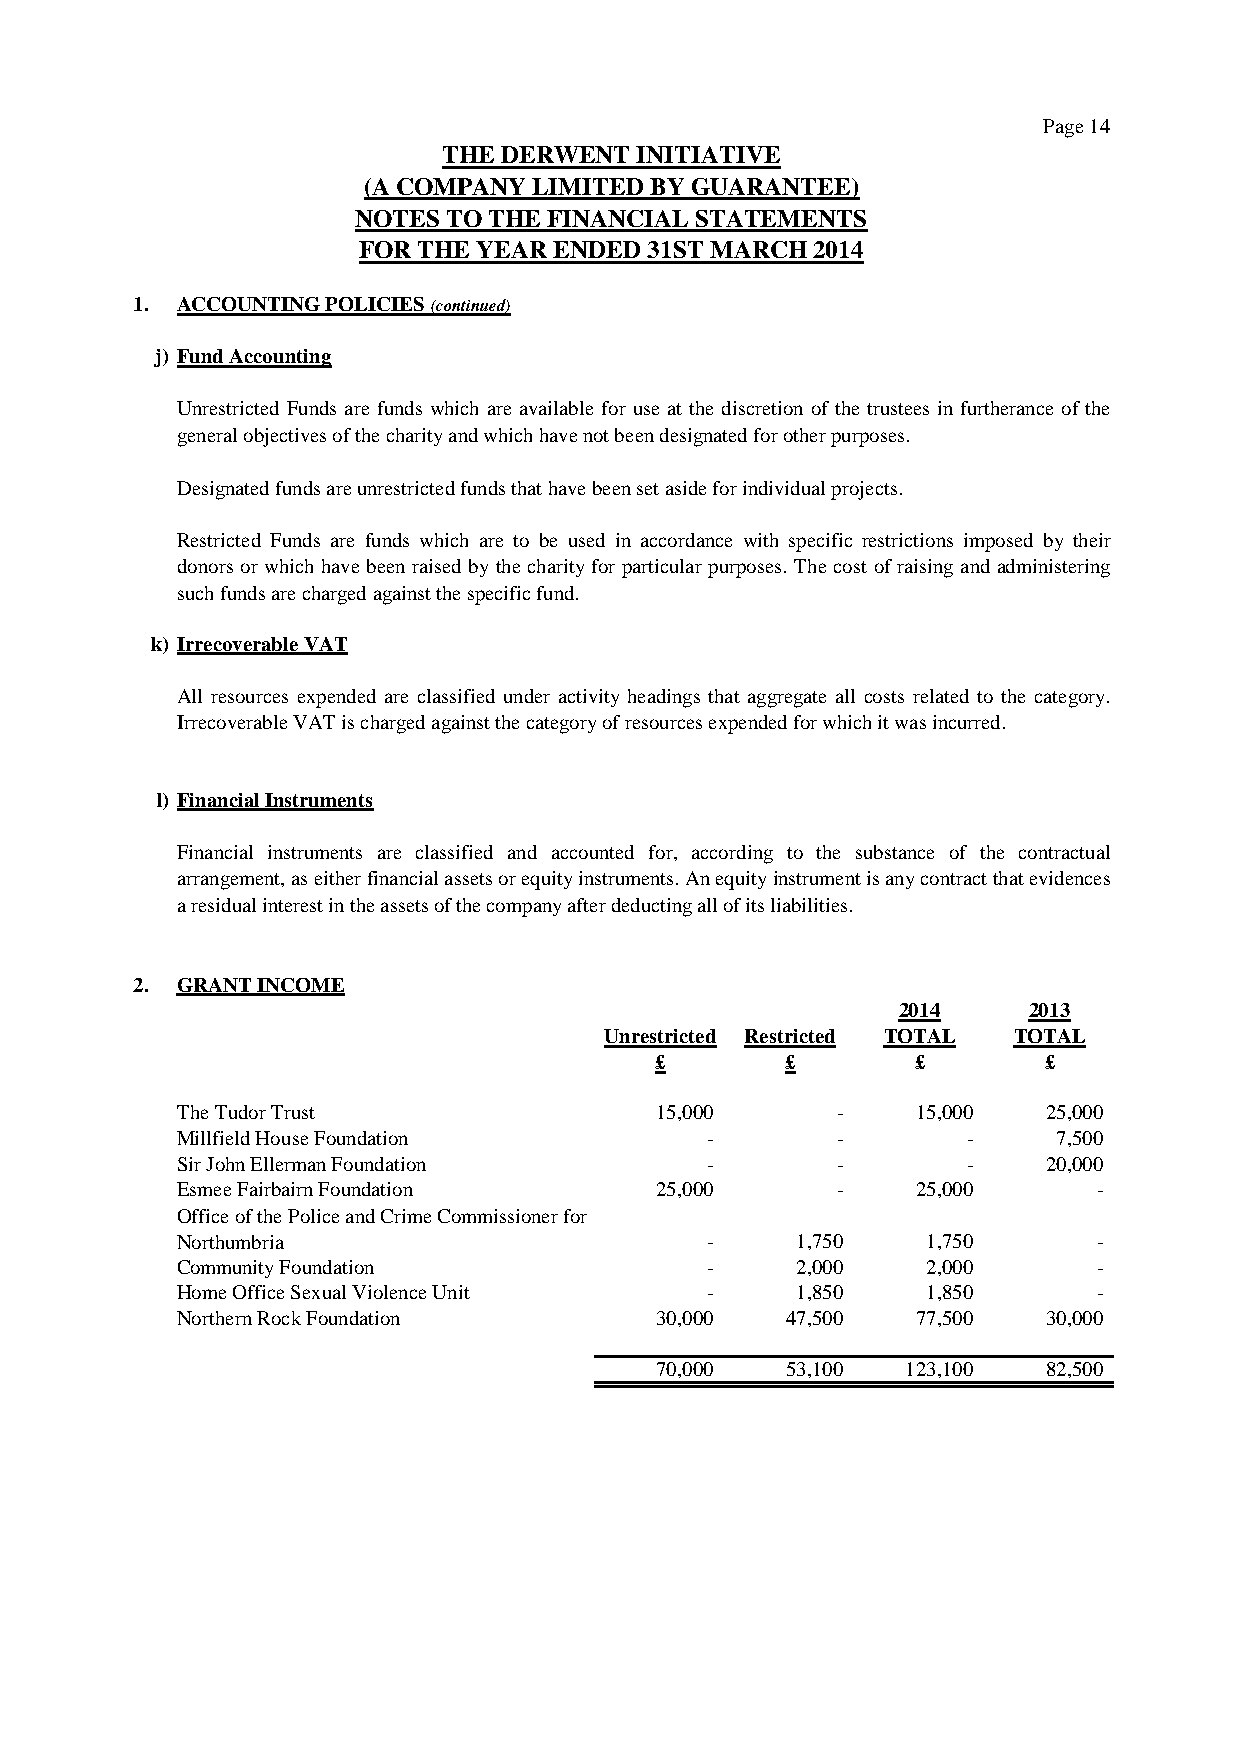
Page 14
 THE DERWENT  INITIATIVE
 (A COMPANY LIMITED BY GUARANTEE)
 NOTES TO THE FINANCIAL STATEMENTS
 FOR THE YEAR ENDED 31ST MARCH 2014
 1. ACCOUNTING POLICIES (continued)
 j) Fund Accounting
 Unrestricted Funds are funds which are available for use at the discretion of the trustees in furtherance of the
 general objectives of the charity and which have not been designated for other purposes.
 Designated funds are unrestricted funds that have been set aside for individual projects.
 Restricted Funds are funds which are to be used in accordance with specific restrictions imposed by their
 donors or which have been raised bythe charityfor particular purposes. The cost of raising and administering
 such funds are charged against the specific fund.
 k) Irrecoverable VAT
 All resources expended are classified under activity headings that aggregate all costs related to the category.
 Irrecoverable VAT is charged against the category of resources expended for which it was incurred.
 l) Financial Instruments
 Financial instruments are classified and accounted for, according to the substance of the contractual
 arrangement,aseitherfinancialassetsorequityinstruments.Anequityinstrumentisanycontractthatevidences
 a residual interest in the assets of the company after deducting all of its liabilities.
 2. GRANT INCOME
 2014     2013
 Unrestricted Restricted TOTAL TOTAL
 £        £        £       £
 The Tudor Trust                15,000      -     15,000  25,000
 Millfield House Foundation         -       -        -     7,500
 Sir John Ellerman Foundation       -       -        -    20,000
 Esmee Fairbairn Foundation     25,000      -     25,000      -
 Office of the Police and Crime Commissioner for
 Northumbria                        -     1,750   1,750       -
 Community Foundation               -     2,000   2,000       -
 Home Office Sexual Violence Unit   -     1,850   1,850       -
 Northern Rock Foundation       30,000   47,500   77,500  30,000
 70,000   53,100  123,100  82,500